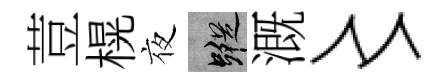
荳榥夜蹤溉〻